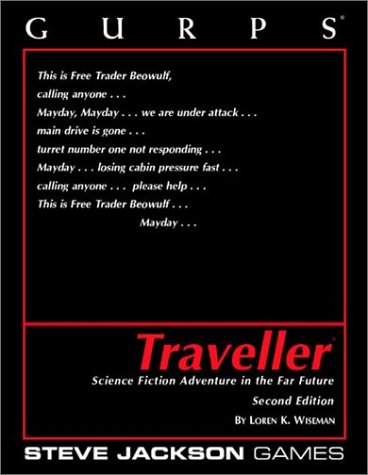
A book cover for Gurps Traveller: Science Fiction Adventure in the Far Future, 2nd Edition; Loren Wiseman; Science Fiction & Fantasy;